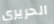
الحريري